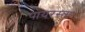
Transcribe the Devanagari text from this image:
पायरस्ता